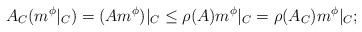
\begin{align*}A_C(m^\phi|_C)=(Am^\phi)|_C\leq \rho(A)m^\phi|_C=\rho(A_C)m^\phi|_C;\end{align*}